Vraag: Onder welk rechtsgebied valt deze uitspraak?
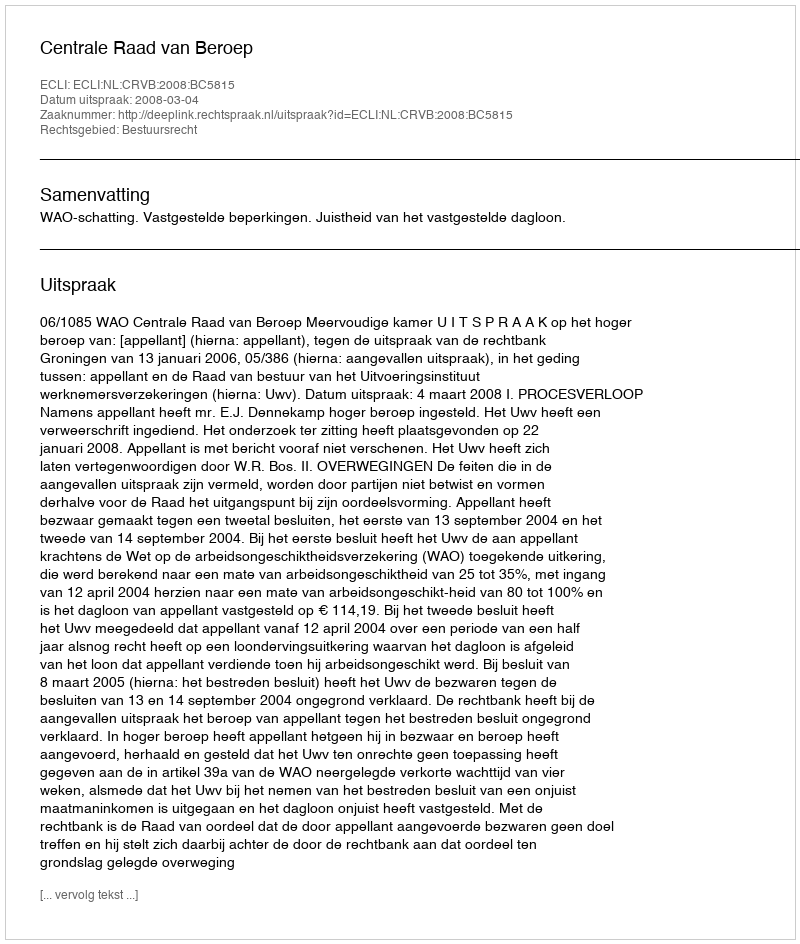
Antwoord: Bestuursrecht